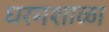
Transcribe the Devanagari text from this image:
धरमशाळा